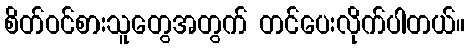
စိတ်ဝင်စားသူတွေအတွက် တင်ပေးလိုက်ပါတယ်။